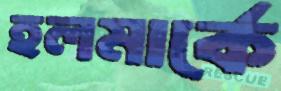
হলমার্কে